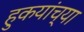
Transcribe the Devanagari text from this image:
हुकयांच्या